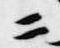
ニ